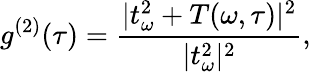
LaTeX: g^{(2)}(\tau)=\frac{|t_{\omega}^{2}+T(\omega,\tau)|^{2}}{|t_{\omega}^{2}|^{2}},